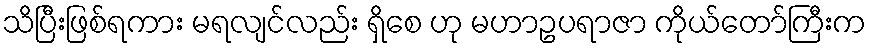
သိပြီးဖြစ်ရကား မရလျင်လည်း ရှိစေ ဟု မဟာဥပရာဇာ ကိုယ်တော်ကြီးက